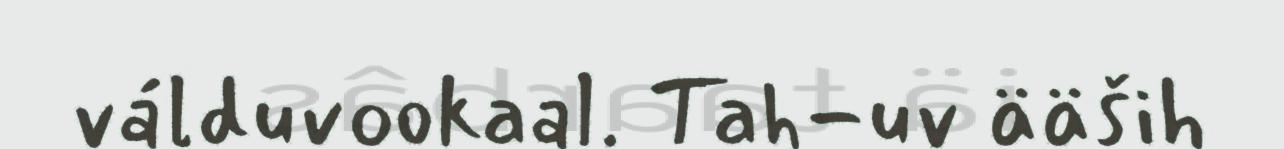
válduvookaal. Tah-uv ääših